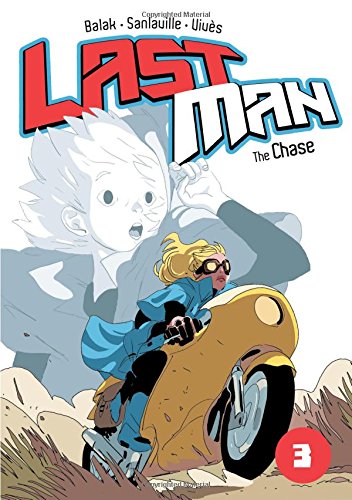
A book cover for The Chase (Last Man); Bastien VivÃ¨s; Comics & Graphic Novels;